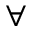
\forall